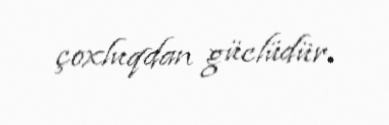
çoxluqdan güclüdür.